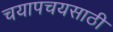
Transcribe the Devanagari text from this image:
चयापचयसाठी